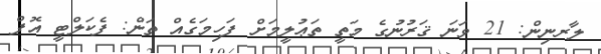
ލާރނިން: 21 ވަނަ ޤަރުނުގެ މަތީ ތަޢުލީމަށް ފަހިމަގެއް ތަން: ފެކަލްޓީ އޮފް